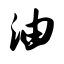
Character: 油